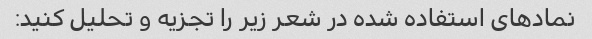
نمادهای استفاده شده در شعر زیر را تجزیه و تحلیل کنید: